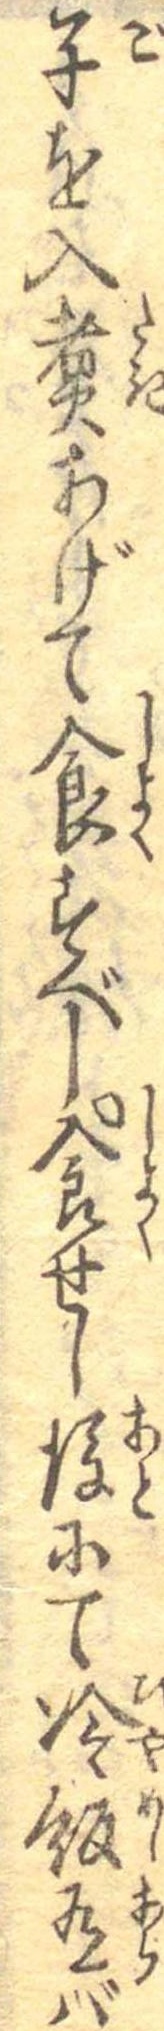
子を入煮あげて食すべし食せし後にて冷飯有ば